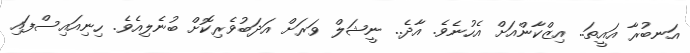
އަނބުރާ އައީތަ.. އިޒްކާންއަށް އެހުނެވެ. އާދެ.. ނީޝަލް ވަރަށް އަދަބުވެރިކޮށް ބުނެލިއެވެ. ހިނިއައިސްފައި